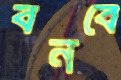
বনবে